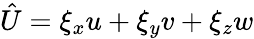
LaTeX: \hat{U}=\xi_{x}u+\xi_{y}v+\xi_{z}w